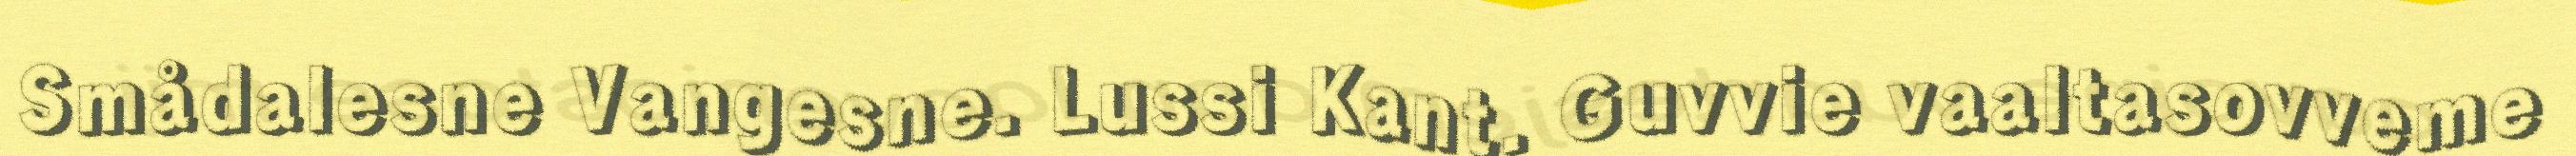
Smådalesne Vangesne. Lussi Kant. Guvvie vaaltasovveme